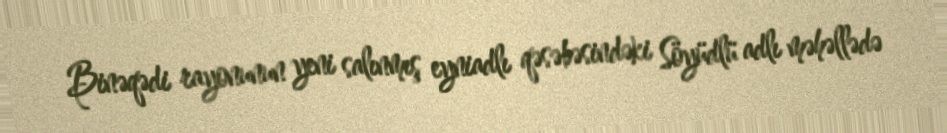
Binəqədi rayonunun yeni salınmış eyniadlı qəsəbəsindəki Söyüdlü adlı məhəllədə